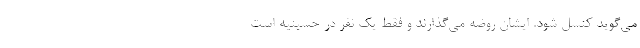
می‌گوید کنسل شود. ایشان روضه می‌گذارند و فقط یک نفر در حسینیه است